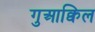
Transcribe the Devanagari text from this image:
गुआक्विल